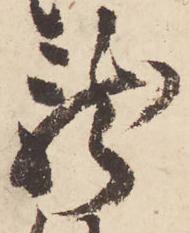
龍